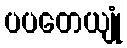
ပပတေယျုံ